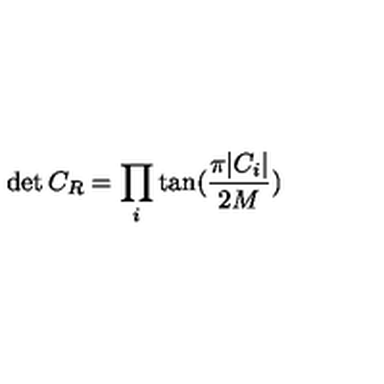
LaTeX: \det { C _ { R } } = \prod _ { i } \tan ( \frac { \pi | C _ { i } | } { 2 M } )